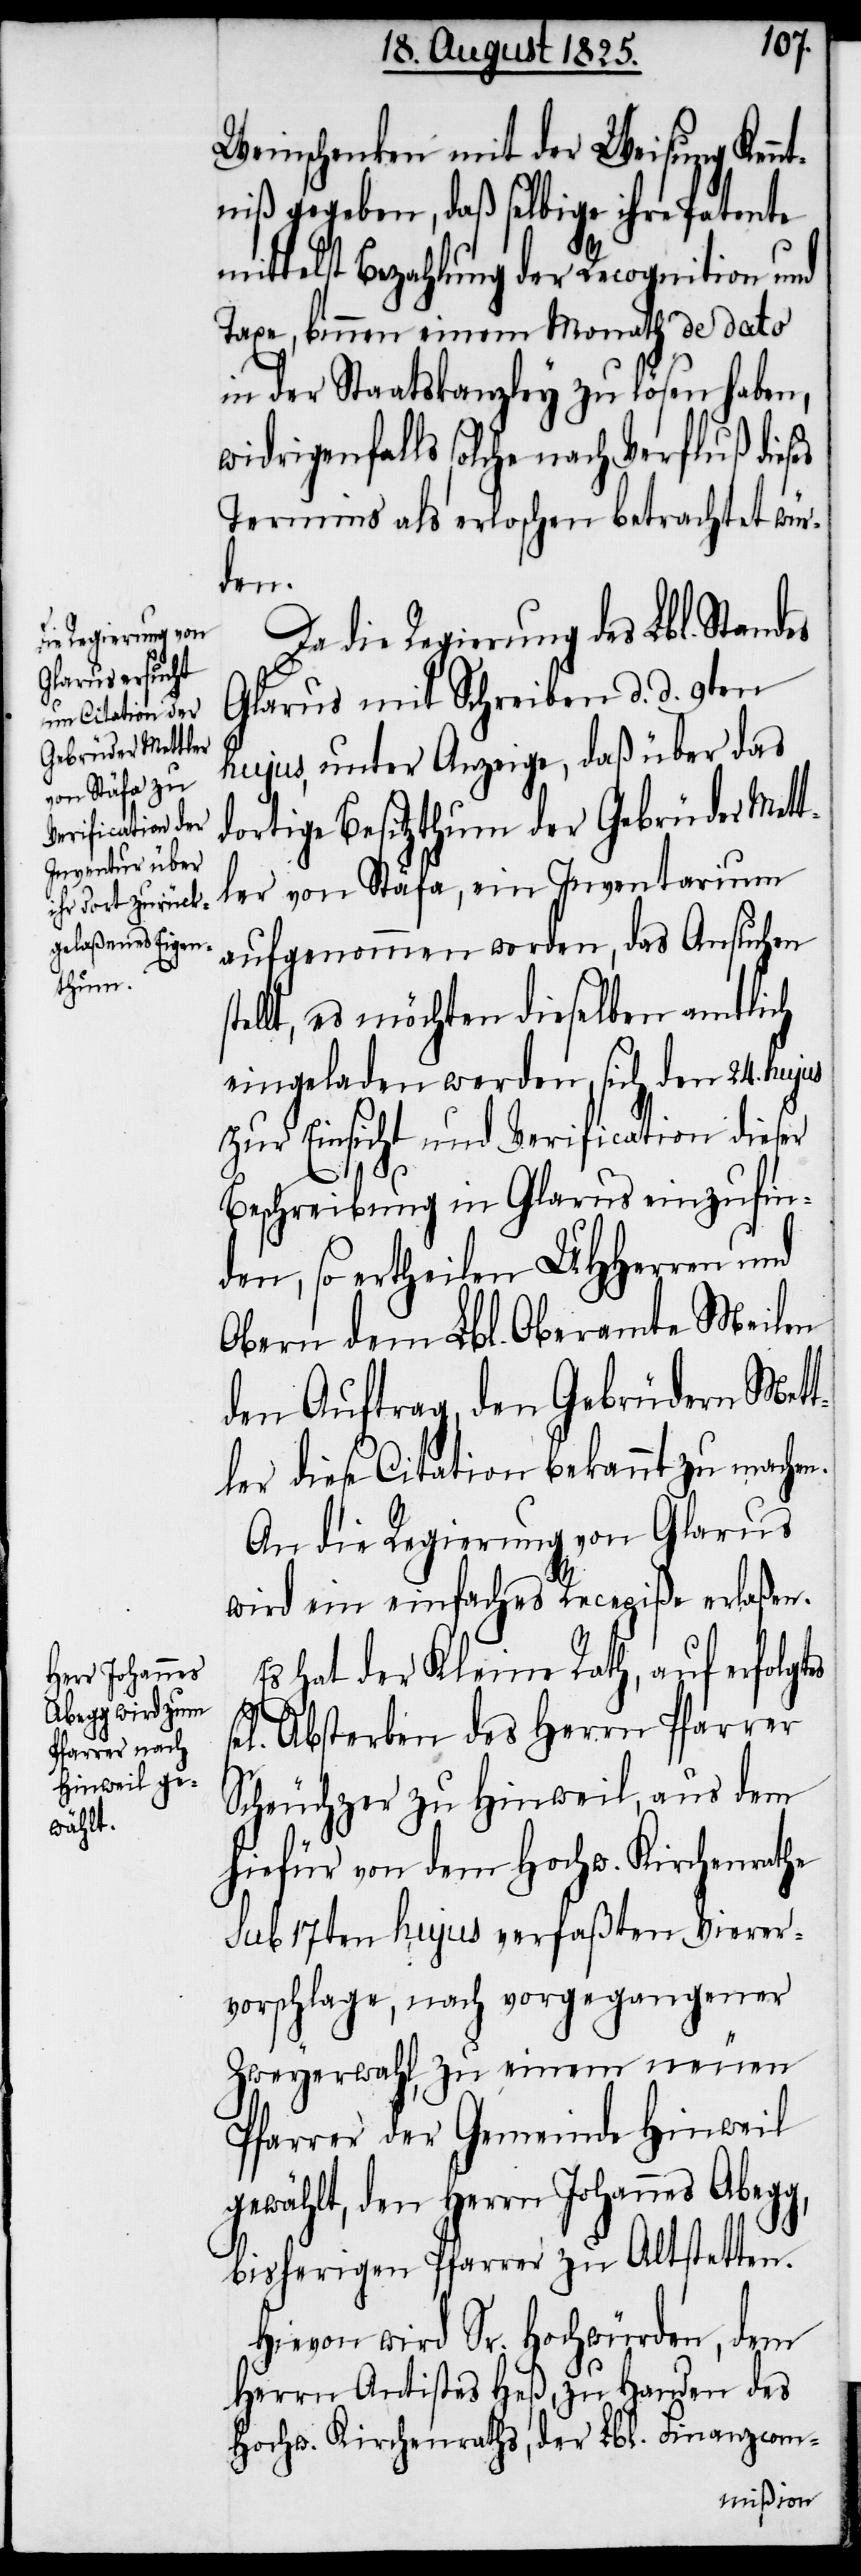
Weinschenken mit der Weisung Kenn¬
tniß gegeben, daß selbige ihre Patente
mittelst Bezahlung der Recognition und
Taxe, binnen einem Monath de dato
in der Staatskanzley zu lösen haben,
widrigenfalls solche nach Verfluß dieses
Termins als erloschen betrachtet wür¬
den.
Da die Regierung des Lbl. Standes
Glarus mit Schreiben d. d. 9ten
hujus, unter Anzeige, daß über das
dortige Besitzthum der Gebrüder Mett¬
ler von Stäfa, ein Inventarium
aufgenommen worden, das Ansuchen
llt, es möchten dieselben amtlich
eingeladen werden, sich den 24. hu¬
zur Einsicht und Verification dieser
Beschreibung in Glarus einzufin¬
den, so ertheilen UHherren und
Obern dem Lbl. Oberamte Meilen
den Auftrag, den Gebrüdern Mett¬
ler diese Citation bekannt zu machen.
An die Regierung von Glarus
wird ein einfaches Recepiße erlaßen.
Es hat der Kleine Rath, auf erfolgtes
g,
ges] Absterben des Herrn Pfarrer
Scheuchzer zu Hinweil, aus dem
hiefür von dem Hochw. Kirchenrathe
sub 17ten hujus verfaßten Vierer¬
vorschlage, nach vorgegangener
Zweyerwahl, zu einem neuen
Pfarrer der Gemeinde Hinweil
gewählt, den Herrn Johannes Abeg¬
bisherigen Pfarrer zu Altstetten.
Hievon wird Sr. Hochwürden, dem
Herrn Antistes Heß, zu Handen des
Hochw. Kirchenraths, der Lbl. Finanzcom-